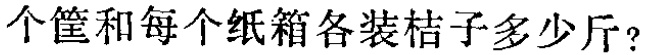
每个筐和每个纸箱各装桔子多少斤？